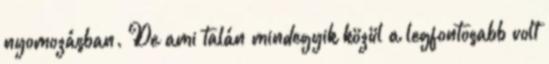
nyomozásban. De ami talán mindegyik közül a legfontosabb volt